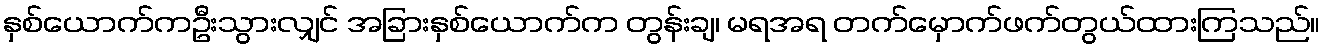
နှစ်ယောက်ကဦးသွားလျှင် အခြားနှစ်ယောက်က တွန်းချ၊ မရအရ တက်မှောက်ဖက်တွယ်ထားကြသည်။